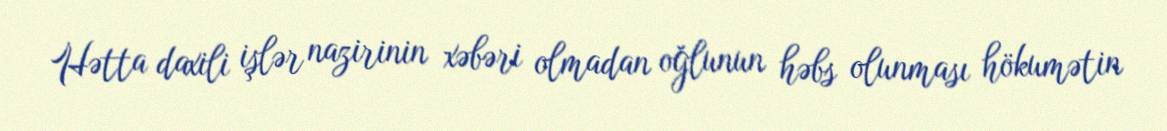
Hətta daxili işlər nazirinin xəbəri olmadan oğlunun həbs olunması hökumətin